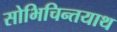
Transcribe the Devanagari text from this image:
सोभिचिन्तयाथ